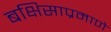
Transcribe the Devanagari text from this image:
बक्षिसाप्रमाणे